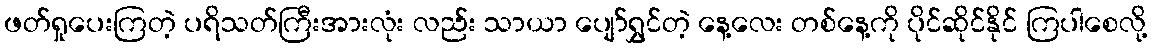
ဖတ်ရှုပေးကြတဲ့ ပရိသတ်ကြီးအားလုံး လည်း သာယာ ပျော်ရွှင်တဲ့ နေ့လေး တစ်နေ့ကို ပိုင်ဆိုင်နိုင် ကြပါစေလို့